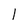
Character: 1